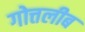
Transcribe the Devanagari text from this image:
गोत्तलीब